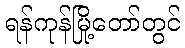
ရန်ကုန်မြို့တော်တွင်